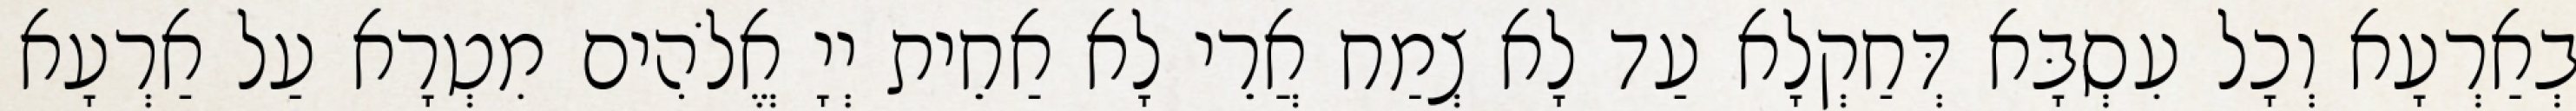
בְאַרְעָא וְכָל עִסְבָּא דְּחַקְלָא עַד לָא צְמַח אֲרֵי לָא אַחֵית יְיָ אֱלֹהִים מִטְרָא עַל אַרְעָא